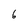
Character: 6